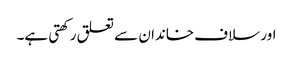
اور سلاف خاندان سے تعلق رکھتی ہے۔